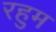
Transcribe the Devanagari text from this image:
रहुम